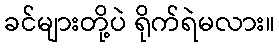
ခင်များတို့ပဲ ရိုက်ရဲမလား။